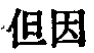
但因